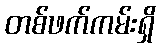
တစ်ဖက်ကမ်းရှိ